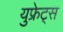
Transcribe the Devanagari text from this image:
युफ्रेट्स